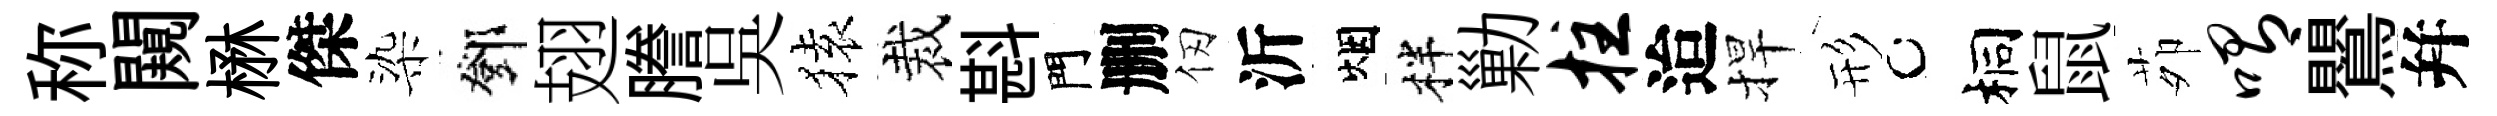
称闚楙傑染鄧翅謄吳𫞤裁斟門删仞沂烟柈勦拄迨捍形桐鼠茆喟鸎幷